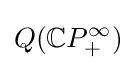
Q(\mathbb {C} {P_{+}^{\infty }})